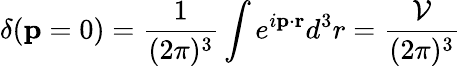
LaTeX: \delta(\mathbf{p}=0)=\frac{1}{(2\pi)^{3}}\int e^{i\mathbf{p}\cdot\mathbf{r}}d^{3}r=\frac{\cal{V}}{(2\pi)^{3}}